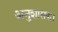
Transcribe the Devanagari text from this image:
अनुशासक।